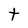
Character: t